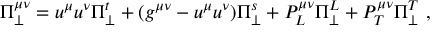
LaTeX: \Pi _ { \perp } ^ { \mu \nu } = u ^ { \mu } u ^ { \nu } \Pi _ { \perp } ^ { t } + ( g ^ { \mu \nu } - u ^ { \mu } u ^ { \nu } ) \Pi _ { \perp } ^ { s } + P _ { L } ^ { \mu \nu } \Pi _ { \perp } ^ { L } + P _ { T } ^ { \mu \nu } \Pi _ { \perp } ^ { T } \ ,